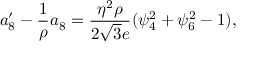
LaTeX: a _ { 8 } ^ { \prime } - \frac { 1 } { \rho } a _ { 8 } = \frac { \eta ^ { 2 } \rho } { 2 \sqrt { 3 } e } ( \psi _ { 4 } ^ { 2 } + \psi _ { 6 } ^ { 2 } - 1 ) ,